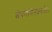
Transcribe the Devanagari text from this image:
त्वेकापिनेक्ष्यते।।